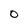
Character: 0